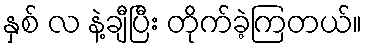
နှစ် လ နဲ့ချီပြီး တိုက်ခဲ့ကြတယ်။